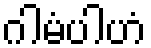
ဂါမံပါဟံ